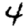
Digit: 4